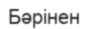
Бәрінен